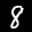
Label: 8